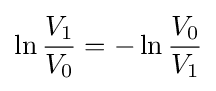
\ln {\frac {V_{1}}{V_{0}}}=-\ln {\frac {V_{0}}{V_{1}}}